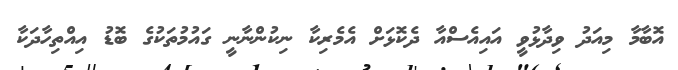
އޮބާމާ މިއަދު ވިދާޅުވީ އައިއެސްއާ ދެކޮޅަށް އެމެރިކާ ނިކުންނާނީ ގައުމުތަކުގެ ބޮޑު އިއްތިހާދަކާ